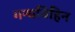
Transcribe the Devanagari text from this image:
गन्धविहिन